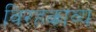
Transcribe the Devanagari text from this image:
विरहकाव्य